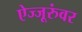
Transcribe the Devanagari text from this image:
ऐज्जूरुंवर